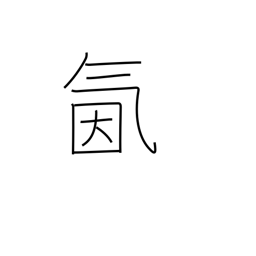
Meaning: spirited